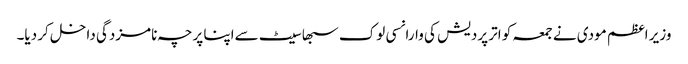
وزیر اعظم مودی نے جمعہ کو اتر پردیش کی وارانسی لوک سبھا سیٹ سےاپنا پرچہ نامزدگی داخل کر دیا۔